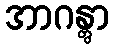
အာဂန္တွာ